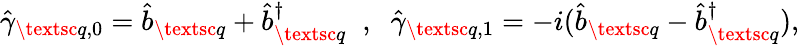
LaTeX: \begin{array}{r}{\hat{\gamma}_{\textsc{q},0}=\hat{b}_{\textsc{q}}+\hat{b}_{\textsc{q}}^{\dagger}\; \; ,\; \; \hat{\gamma}_{\textsc{q},1}=-i(\hat{b}_{\textsc{q}}-\hat{b}_{\textsc{q}}^{\dagger}),}\end{array}